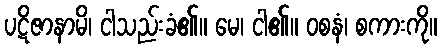
ပဋိဇာနာမိ၊ ငါသည်းခံ၏။ မေ၊ ငါ၏။ ဝစနံ၊ စကားကို။